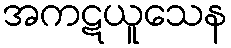
အကဋယူသေန